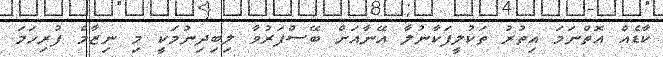
ކާޑެއް އޮތްނަމަ އިތުރު ތަކުލީފަކާނުލާ އޭނާއަށް ބޭސްފަރުވާ ލިބިދިނުމަކީ މި ނިޒާމް ފުރިހަމަ